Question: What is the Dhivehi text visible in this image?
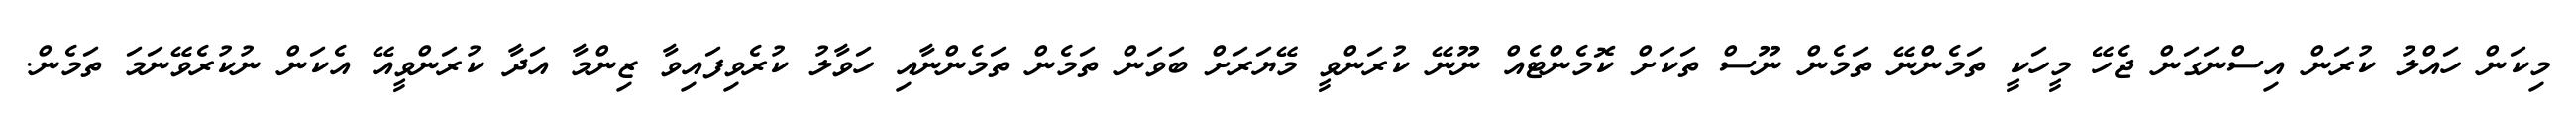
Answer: މިކަން ހައްލު ކުރަން އިސްނަގަން ޖެހޭ މީހަކީ ތަމެންނޭ ތަމެން ނޫސް ތަކަށް ކޮމެންޓެއް ނޫނޭ ކުރަންވީ މޭޔަރަށް ބަވަން ތަމެން ތަމެންނާއި ހަވާލު ކުރެވިފައިވާ ޒިންމާ އަދާ ކުރަންވީއޭ އެކަން ނުކުރެވޭނަމަ ތަމެން.